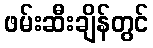
ဖမ်းဆီးချိန်တွင်